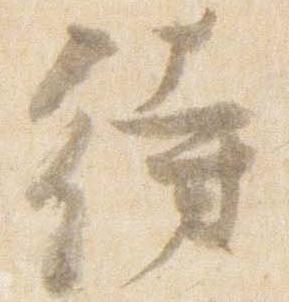
待